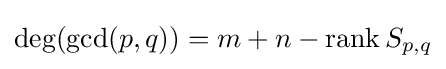
\deg(\gcd(p,q))=m+n-\operatorname {rank} S_{p,q}